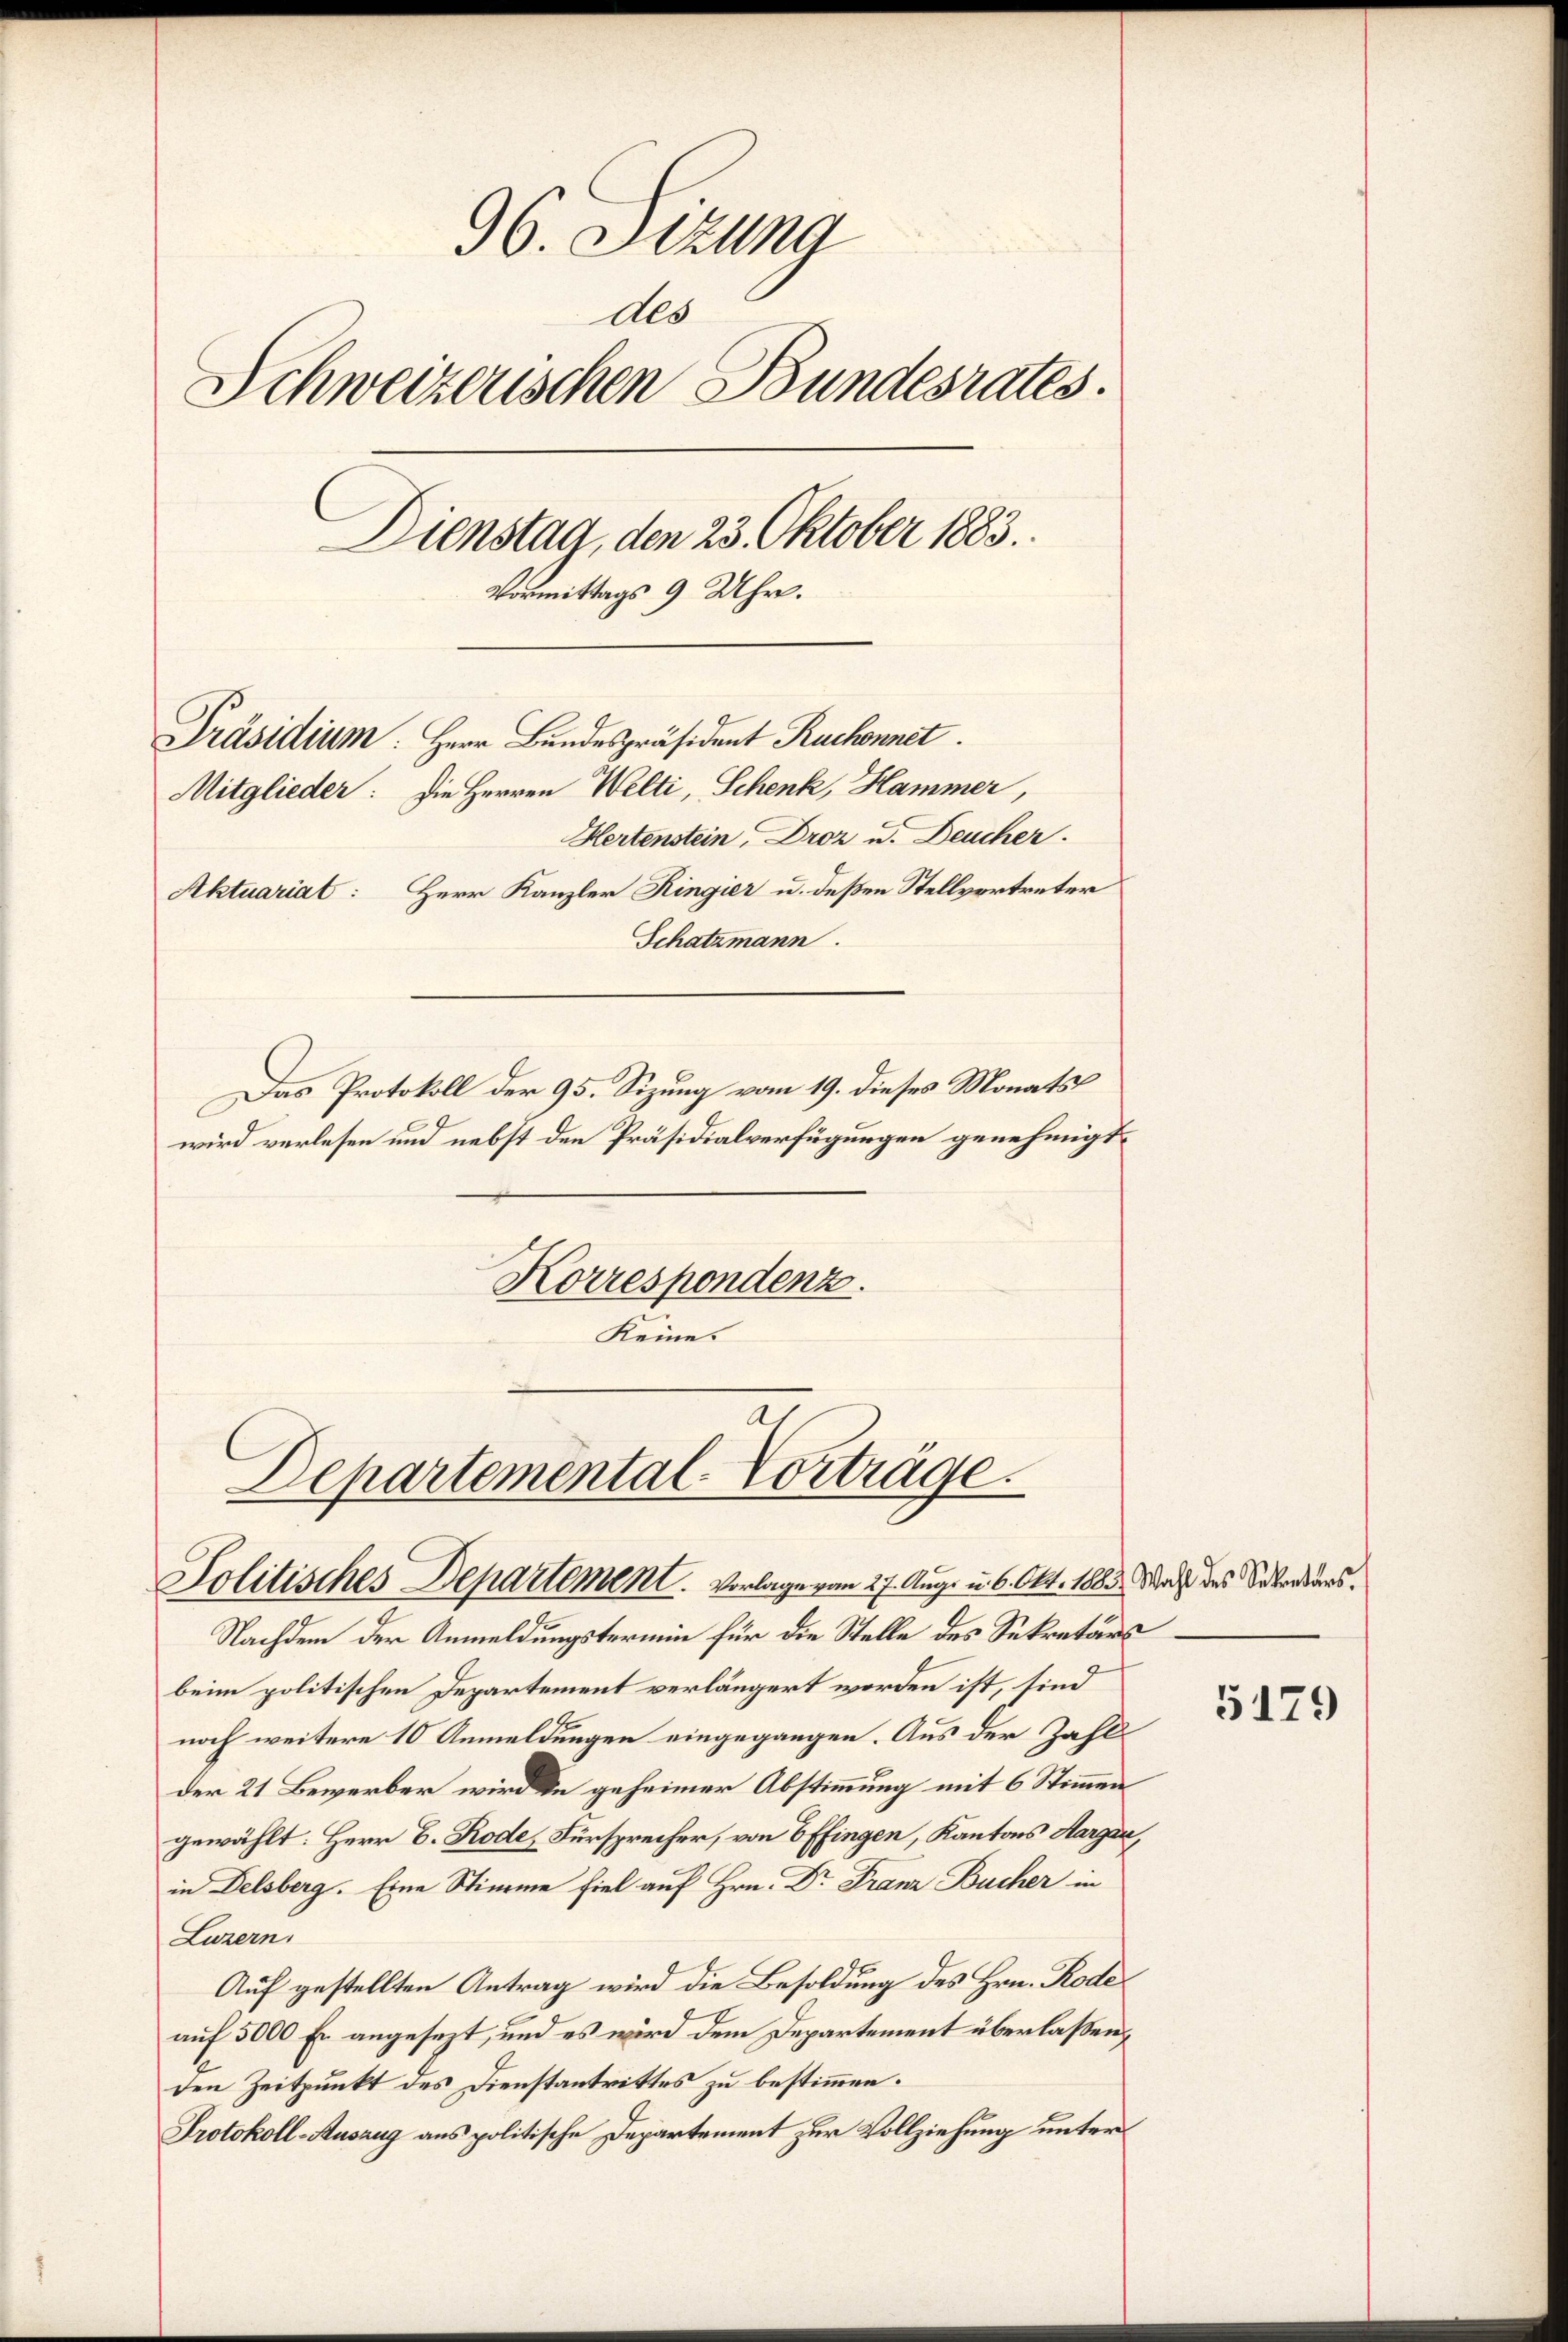
96. Sitzung
dde
Schweizerischen Bundesrates.
Dienstag, den 23. Oktober 1883.
Vormittags 9 Uhr.
Präsidium. Herr Bundespräsident Ruchonnet
Mitglieder: Die Herren Welti, Schenk, Hammer,
Hertenstein, Droz u. Deucher.
Aktuariat: Herr Kanzler Ringier u. deßen Stellvertreter
Schatzmann.
Das Protokoll der 95. Sizung vom 19. dieses Monats
wird verlesen und nebst den Präsidialverfügungen genehmigt.

Korrespondenz.
Keines
a

Departemental-Vorträge.
Politisches Departement. Vorlage vom 27. Aug. u. 6. Okt. 1883. Was des Sebenders.
Nachdem der Anmeldungstermin für die Stelle des Sekretärs

beim politischen Departement verlängert worden ist, sind
noch weitere 10 Anmeldungen eingegangen. Aus der Zahl
der 21 Bewerber wird de geheimer Abstimmung mit 6 Stimmen
gewählt: Herr B. Rode, Fürsprecher, von 6 Pfingen, Kantons Aargau,
in Delsberg. Eine Stimme fiel auf Hrn. Dr Franz Bucher in
Luzern,
Auf gestellten Antrag wird die Besoldung des Hrn. Rode
auf 5000 Er angesezt, und es wird dem Departement überlaßen,
den Zeitpunkt des Dienstantrittes zu bestimmen.
Protokoll-Auszug aus politische Departement zur Vollziehung unter

5179